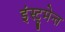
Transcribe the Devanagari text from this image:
इंस्ट्रूमेन्त